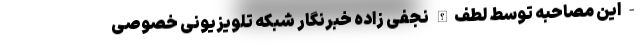
- این مصاحبه توسط لطف‌الله نجفی زاده خبرنگار شبکه تلویزیونی خصوصی